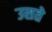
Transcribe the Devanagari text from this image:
उसते